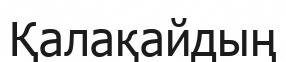
Қалақайдың